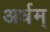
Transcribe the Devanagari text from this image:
अर्धम्